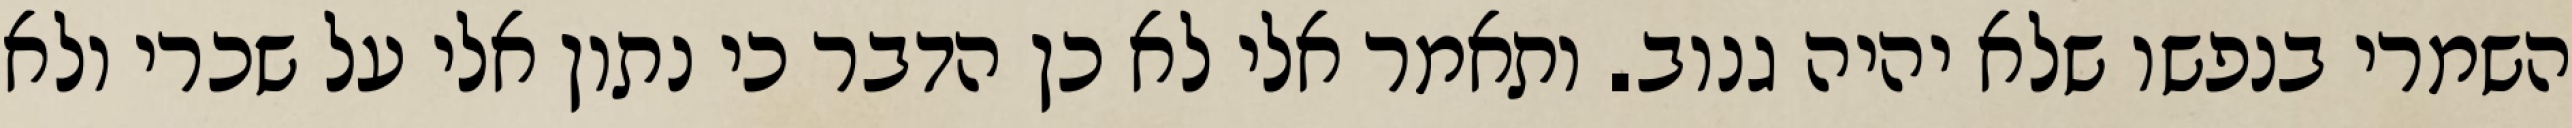
השמרי בנפשו שלא יהיה גנוב. ותאמר אלי לא כן הדבר כי נתון אלי על שכרי ולא